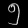
Digit: ၅